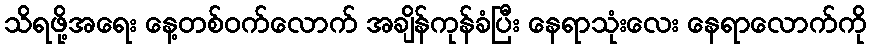
သိရဖို့အရေး နေ့တစ်ဝက်လောက် အချိန်ကုန်ခံပြီး နေရာသုံးလေး နေရာလောက်ကို